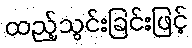
ထည့်သွင်းခြင်းဖြင့်